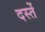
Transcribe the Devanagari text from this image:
दस्तें